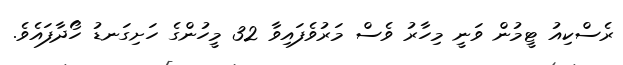
ރެސްކިއު ޓީމުން ވަނީ މިހާރު ވެސް މަރުވެފައިވާ 32 މީހުންގެ ހަށިގަނޑު ހޯދާފައެވެ.